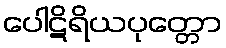
ပေါဋိရိယပုတ္တော